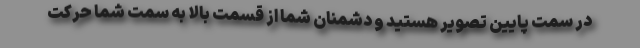
در سمت پایین تصویر هستید و دشمنان شما از قسمت بالا به سمت شما حرکت